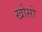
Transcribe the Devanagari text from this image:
खोसो